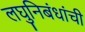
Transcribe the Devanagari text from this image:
लघुनिबंधांची